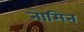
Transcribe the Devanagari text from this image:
नोमिन